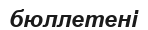
бюллетені